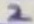
Text: 2